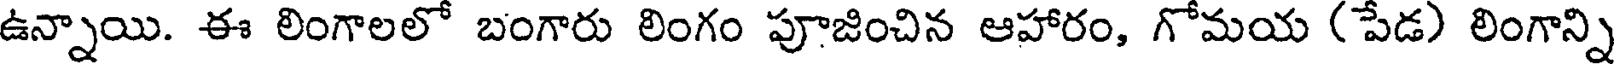
ఉన్నాయి. ఈ లింగాలలో బంగారు లింగం పూజించిన ఆహారం, గోమయ (పేడ) లింగాన్ని